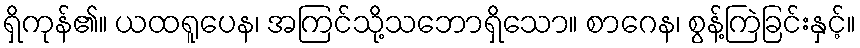
ရှိကုန်၏။ ယထရူပေန၊ အကြင်သို့သဘောရှိသော။ စာဂေန၊ စွန့်ကြဲခြင်းနှင့်။